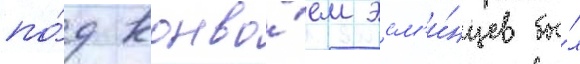
по́д конво́ем эсм'и́нцев бы́л